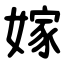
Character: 嫁